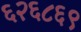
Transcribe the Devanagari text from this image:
६२६८६९